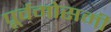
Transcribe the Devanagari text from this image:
पूर्वमोसमी